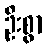
ဦးစွာ